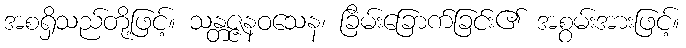
အစရှိသည်တို့ဖြင့်။ သန္တဇ္ဇနဝသေန၊ ခြိမ်းခြောက်ခြင်း၏ အစွမ်းအားဖြင့်။